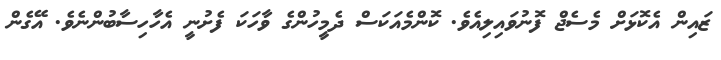
ޒައިން އެކޮޅަށް މެސެޖް ފޮނުވައިލިއެވެ. ކޮންމެއަކަސް ދެމީހުންގެ ވާހަކަ ފެށުނީ އެހާހިސާބުންނެވެ. އޭގެން